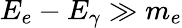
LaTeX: E_{e}-E_{\gamma}\gg m_{e}